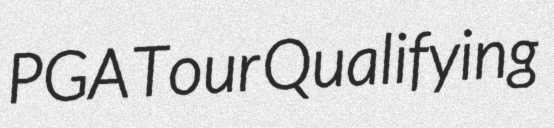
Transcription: PGA Tour Qualifying